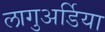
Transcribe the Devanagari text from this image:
लागुअर्डिया